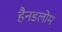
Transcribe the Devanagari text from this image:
हैनडलोम